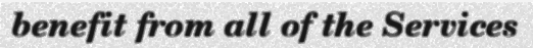
benefit from all of the Services